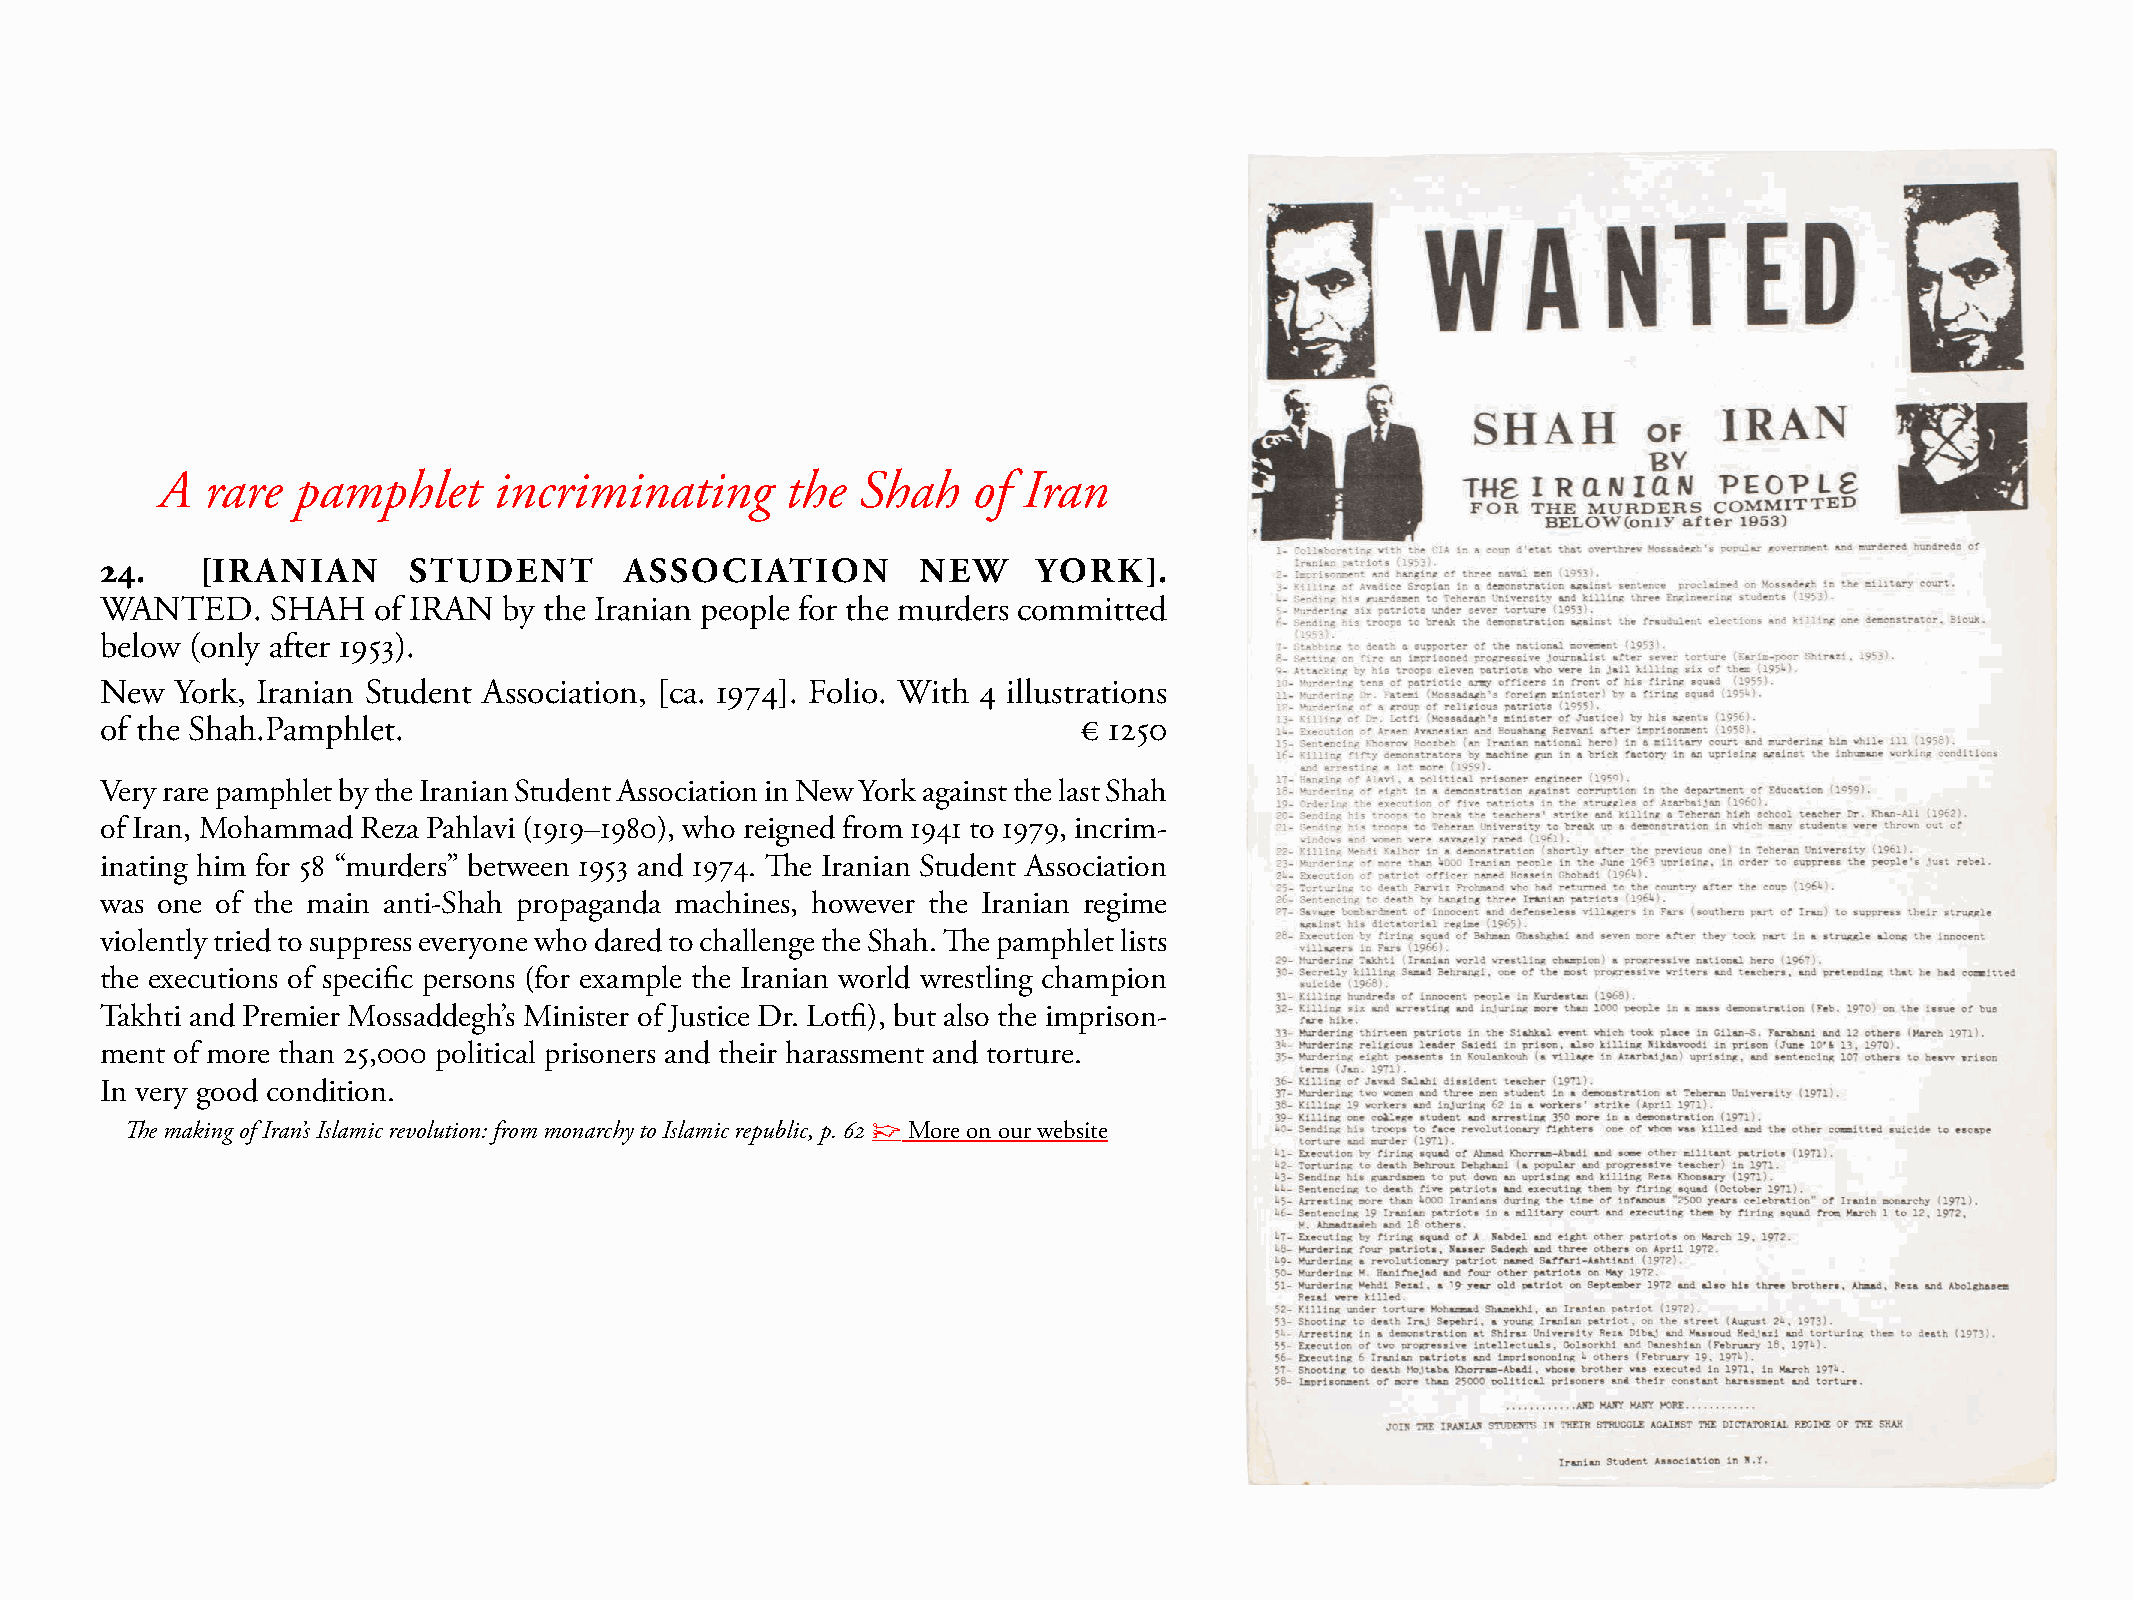
A   rare  pamphlet     incriminating      the  Shah   of  Iran
 24.   [IRANIAN      STUDENT       ASSOCIATION         NEW     YORK].
 WANTED.    sHAH   of IRAN by the Iranian people for the murders committed
 below (only after 1953).
 New  York, Iranian student Association, [ca. 1974]. Folio. With 4 illustrations
 of the shah.Pamphlet.                                            € 1250
 Very rare pamphlet by the Iranian student Association in New York against the last shah
 of Iran, mohammad Reza Pahlavi (1919–1980), who reigned from 1941 to 1979, incrim-
 inating him for 58 “murders” between 1953 and 1974. The Iranian student Association
 was one of the main anti-shah propaganda machines, however the Iranian regime
 violently tried to suppress everyone who dared to challenge the shah. The pamphlet lists
 the executions of specific persons (for example the Iranian world wrestling champion
 Takhti and Premier mossaddegh’s minister of Justice Dr. Lotfi), but also the imprison-
 ment of more than 25,000 political prisoners and their harassment and torture.
 In very good condition.
 The making of Iran’s Islamic revolution: from monarchy to Islamic republic, p. 62 ☞ more on our website